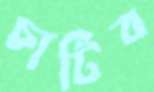
চাটিব